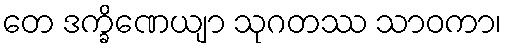
တေ ဒက္ခိဏေယျာ သုဂတဿ သာဝကာ၊